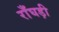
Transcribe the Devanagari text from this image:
राँघड़ी